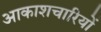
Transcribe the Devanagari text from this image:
आकाशचारियों